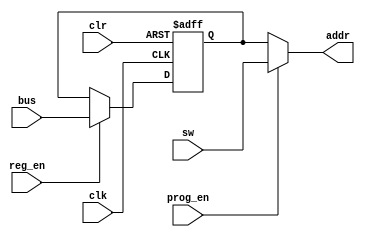
module MAR_4bit
#(parameter WIDTH = 4)
(
	input	clk,
		clr,					// enable high
		prog_en,				// enable high
		reg_en,					// enable high
				
	input	[WIDTH - 1:0] sw,			// 4 input dip switch
	
	input	[WIDTH - 1:0] bus,			// 4-bit bus input
		
	output	[WIDTH - 1:0] addr			// 4-bit addr output to RAM module
);

reg [WIDTH - 1:0] mem_addr;

assign addr = (prog_en) ? sw : mem_addr;
	
always @ (posedge clk or posedge clr)			// Procedural block triggering on rising edge of clk or clr for asynchronous reset
begin
	if (clr) 		mem_addr <= 4'b0;
	else if (reg_en)	mem_addr <= bus;
end

endmodule